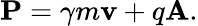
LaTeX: \mathbf{P}=\gamma m\mathbf{\mathbf{v}}+q\mathbf{A}.